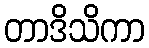
တာဒိသိကာ